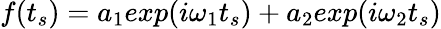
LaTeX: \begin{array}{r}{f(t_{s})=a_{1}exp(i\omega_{1}t_{s})+a_{2}exp(i\omega_{2}t_{s})}\end{array}